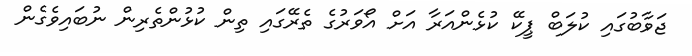
ޖަވާބުގައި ކުލަބް ޕީކޭ ކުޅެންއަރާ އަށް އޯވަރުގެ ތެރޭގައި ތިން ކުޅުންތެރިން ނުބައިވެގެން